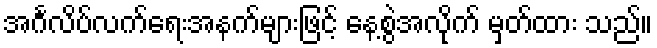
အင်္ဂလိပ်လက်ရေးအနက်များဖြင့် နေ့စွဲအလိုက် မှတ်ထား သည်။